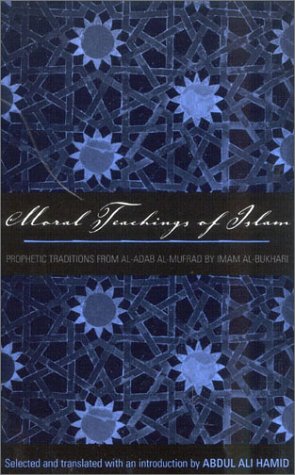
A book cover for Moral Teachings of Islam: Prophetic Traditions from al-Adab al-mufrad by Imam al-Bukhari (Sacred Literature Series); Religion & Spirituality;